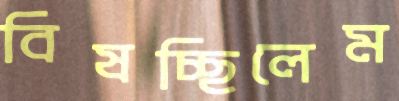
বিষচ্ছিলেম